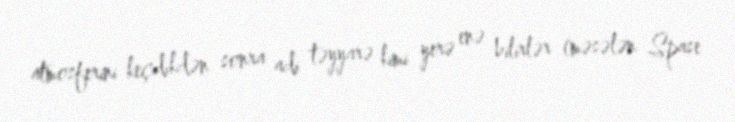
atmosferini keçdikdən sonra adi təyyarə kimi yerə enə bilirlər (məsələn Spase